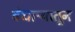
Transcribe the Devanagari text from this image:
बंधाऱ्यातून